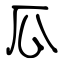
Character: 瓜